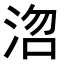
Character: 𭰞